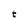
Character: t